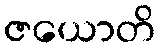
ဇယောတိ